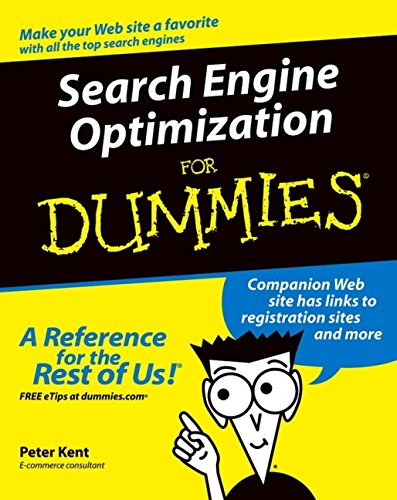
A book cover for Search Engine Optimization For Dummies (For Dummies (Computers)); Peter Kent; Computers & Technology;